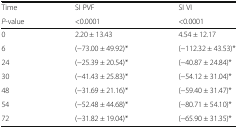
<table><thead><tr><td><b>Time</b></td><td><b>SI PVF</b></td><td><b>SI VI</b></td></tr><tr><td><b><i>P</i>-value</b></td><td><b>&lt;0.0001</b></td><td><b>&lt;0.0001</b></td></tr></thead><tbody><tr><td>0</td><td>2.20 ± 13.43</td><td>4.54 ± 12.17</td></tr><tr><td>6</td><td>(−73.00 ± 49.92)*</td><td>(−112.32 ± 43.53)*</td></tr><tr><td>24</td><td>(−25.39 ± 20.54)*</td><td>(−40.87 ± 24.84)*</td></tr><tr><td>30</td><td>(−41.43 ± 25.83)*</td><td>(−54.12 ± 31.04)*</td></tr><tr><td>48</td><td>(−31.69 ± 21.16)*</td><td>(−59.40 ± 31.47)*</td></tr><tr><td>54</td><td>(−52.48 ± 44.68)*</td><td>(−80.71 ± 54.10)*</td></tr><tr><td>72</td><td>(−31.82 ± 19.04)*</td><td>(−65.90 ± 31.35)*</td></tr></tbody></table>